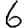
Digit: 6